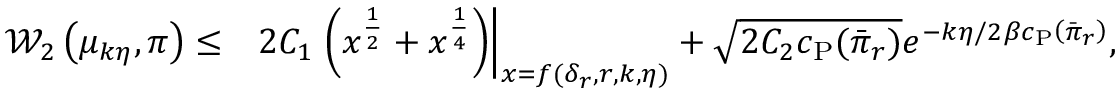
\begin{array} { r l } { \mathcal { W } _ { 2 } \left( \mu _ { k \eta } , \pi \right) \le } & { 2 C _ { 1 } \left. \left( x ^ { \frac { 1 } { 2 } } + x ^ { \frac { 1 } { 4 } } \right) \right| _ { x = f ( \delta _ { r } , r , k , \eta ) } + \sqrt { 2 C _ { 2 } c _ { \mathrm { P } } ( \Bar { \pi } _ { r } ) } e ^ { - k \eta / 2 \beta c _ { \mathrm { P } } \left( \Bar { \pi } _ { r } \right) } , } \end{array}